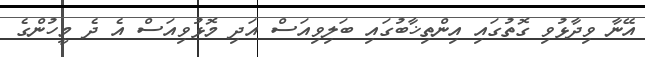
އޭނާ ވިދާޅުވި ގޮތުގައި އިންތިޚާބުގައި ބަލިވިއަސް އަދި މޮޅުވިއަސް އެ ދެ މީހުންގެ